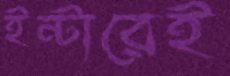
ইন্টারেই